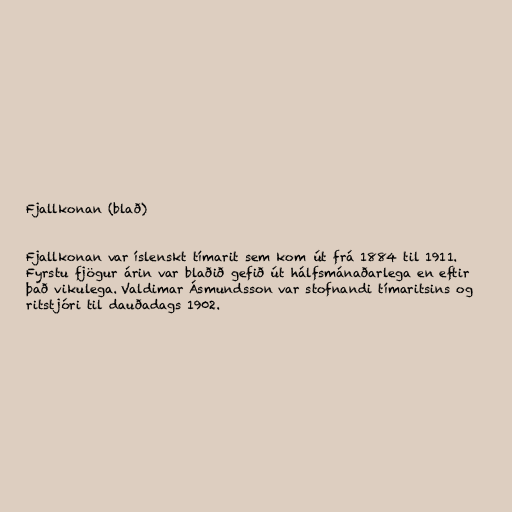
Fjallkonan (blað)

Fjallkonan var íslenskt tímarit sem kom út frá 1884 til 1911.
Fyrstu fjögur árin var blaðið gefið út hálfsmánaðarlega en eftir
það vikulega. Valdimar Ásmundsson var stofnandi tímaritsins og
ritstjóri til dauðadags 1902.